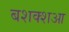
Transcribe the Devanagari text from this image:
बशक्शआ